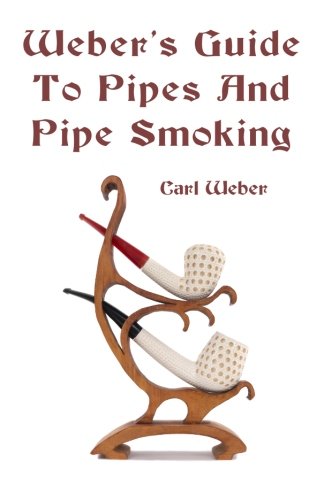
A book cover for Weber's Guide To Pipes And Pipe Smoking; Carl Weber; Humor & Entertainment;